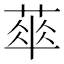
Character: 𦶎